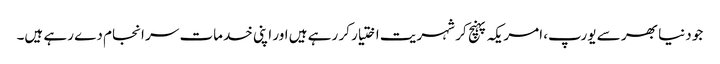
جو دنیا بھر سے یورپ، امریکہ پہنچ کر شہریت اختیار کر رہے ہیں اور اپنی خدمات سر انجام دے رہے ہیں۔